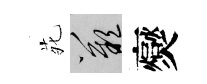
𫟍嘆爕